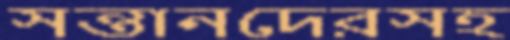
সন্তানদেরসহ